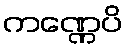
ကဏ္ဏေပိ